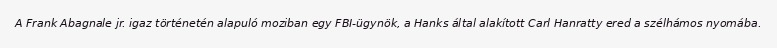
A Frank Abagnale jr. igaz történetén alapuló moziban egy FBI-ügynök, a Hanks által alakított Carl Hanratty ered a szélhámos nyomába.